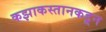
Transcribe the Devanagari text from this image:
कझाकस्तानकडून